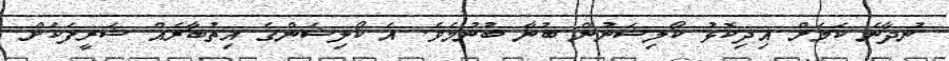
ނުދާނެ ކަމަށް އިދިކޮޅު ކޯލިޝަނުން ބުނާ ބުނުމެވެ. އެ ކޯލިޝަންގެ އިތުބާރެއް ޝަރީފަކަށް